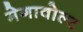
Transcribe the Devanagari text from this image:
मेगावोल्ट